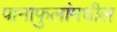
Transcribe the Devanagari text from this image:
पानाफुलांमधील